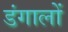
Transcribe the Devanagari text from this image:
डंगालों